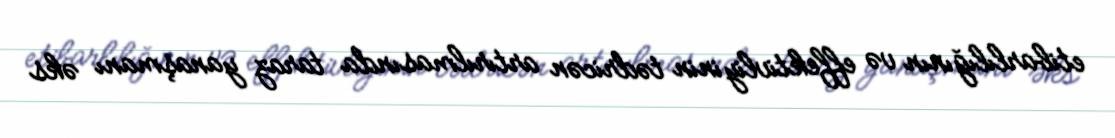
etibarlılığının və effektivliyinin tədricən artırılmasında taraz yanaşmanı əks